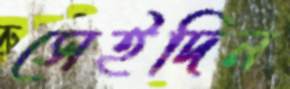
সেইদিন